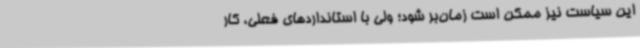
این سیاست نیز ممکن است زمان‌بر شود؛ ولی با استانداردهای فعلی، کار